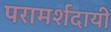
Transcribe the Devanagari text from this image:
परामर्शदायी